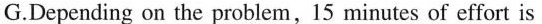
G.Depending on the problem,15 minutes of effort is